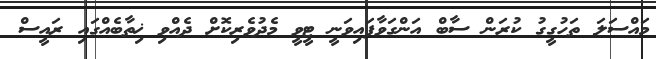
މައްސަލަ ތަހުގީގު ކުރަން ސާބް އަންގަވާފައިވަނީ ޓީވީ މެދުވެރިކޮށް ދެއްވި ޚިތާބެއްގައި ރައީސް